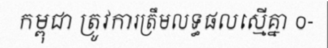
កម្ពុជា ត្រូវការត្រឹមលទ្ធផលស្មើគ្នា ០-